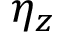
\eta _ { z }